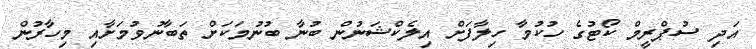
އަދި ސުޕްރީމް ކޯޓުގެ ހުކުމާ ހިލާފަށް އިލެކްޝަނުން ބުނާ ބުނުމަކަށް ތަބާނުވުމަށާއި މިހާރުން